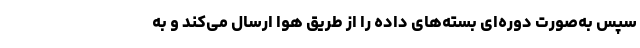
سپس به‌صورت دوره‌ای بسته‌های داده را از طریق هوا ارسال می‌کند و به